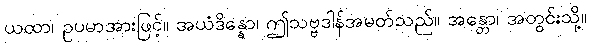
ယထာ၊ ဥပမာအားဖြင့်။ အယံဒိန္နော၊ ဤသဗ္ဗဒါန်အမတ်သည်။ အန္တော၊ အတွင်းသို့။